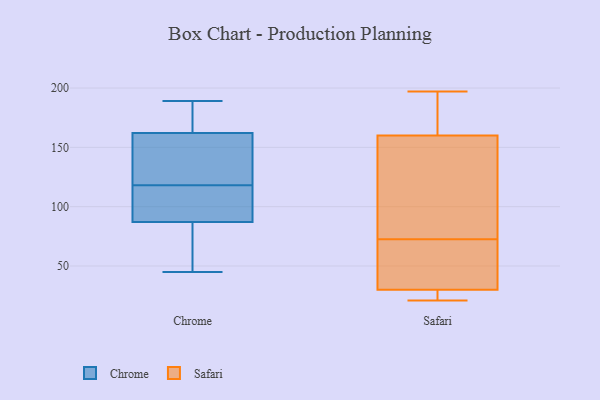
{"axis": {"x": "Demand Index", "y": "Value"}, "legend": ["Chrome", "Safari"], "data": [{"x": "", "y": 166, "type": "Chrome"}, {"x": "", "y": 87, "type": "Chrome"}, {"x": "", "y": 119, "type": "Chrome"}, {"x": "", "y": 166, "type": "Chrome"}, {"x": "", "y": 189, "type": "Chrome"}, {"x": "", "y": 125, "type": "Chrome"}, {"x": "", "y": 45, "type": "Chrome"}, {"x": "", "y": 144, "type": "Chrome"}, {"x": "", "y": 100, "type": "Chrome"}, {"x": "", "y": 79, "type": "Chrome"}, {"x": "", "y": 106, "type": "Chrome"}, {"x": "", "y": 117, "type": "Chrome"}, {"x": "", "y": 61, "type": "Chrome"}, {"x": "", "y": 162, "type": "Chrome"}, {"x": "", "y": 134, "type": "Safari"}, {"x": "", "y": 21, "type": "Safari"}, {"x": "", "y": 197, "type": "Safari"}, {"x": "", "y": 56, "type": "Safari"}, {"x": "", "y": 160, "type": "Safari"}, {"x": "", "y": 89, "type": "Safari"}, {"x": "", "y": 53, "type": "Safari"}, {"x": "", "y": 23, "type": "Safari"}, {"x": "", "y": 180, "type": "Safari"}, {"x": "", "y": 30, "type": "Safari"}]}